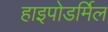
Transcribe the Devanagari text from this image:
हाइपोडर्मिल